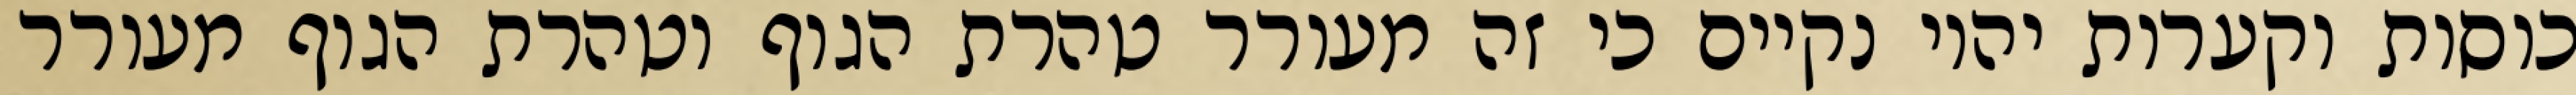
כוסות וקערות יהיו נקיים כי זה מעורר טהרת הגוף וטהרת הגוף מעורר